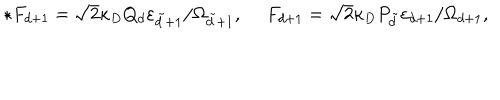
LaTeX: \star F _ { d + 1 } = \sqrt { 2 } \kappa _ { D } Q _ { d } \varepsilon _ { \tilde { d } + 1 } / \Omega _ { \tilde { d } + 1 } , \ F _ { d + 1 } = \sqrt { 2 } \kappa _ { D } P _ { \tilde { d } } \varepsilon _ { d + 1 } / \Omega _ { d + 1 } ,